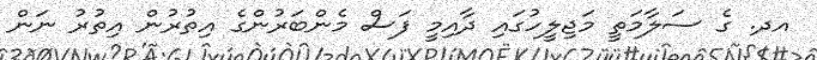
އދ. ގެ ސަލާމަތީ މަޖިލީހުގައި ދާއިމީ ފަސް މެންބަރުންގެ އިތުރުން އިތުރު ނަން